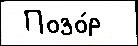
 Позо́р